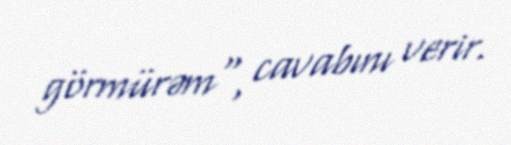
görmürəm", cavabını verir.